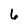
Character: 6